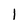
Character: l